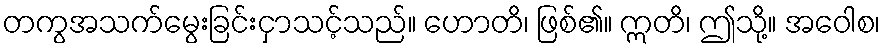
တကွအသက်မွေးခြင်းငှာသင့်သည်။ ဟောတိ၊ ဖြစ်၏။ ဣတိ၊ ဤသို့။ အဝေါစ၊